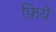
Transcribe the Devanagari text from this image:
फ्रिये